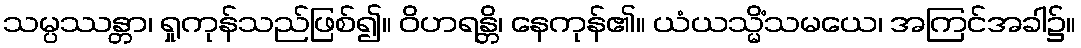
သမ္ပဿန္တာ၊ ရှုကုန်သည်ဖြစ်၍။ ဝိဟရန္တိ၊ နေကုန်၏။ ယံယသ္မိံသမယေ၊ အကြင်အခါ၌။